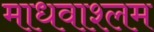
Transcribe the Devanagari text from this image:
माधवाश्लम